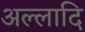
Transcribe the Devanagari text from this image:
अल्लादि